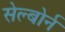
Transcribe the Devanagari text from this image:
सेल्बोर्न